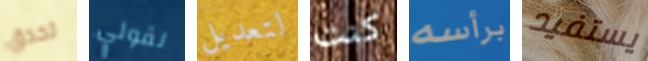
تحدق لقولي لتعديل كنت برأسه يستفيد